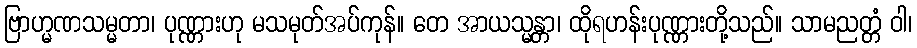
ဗြာဟ္မဏသမ္မတာ၊ ပုဏ္ဏားဟု မသမုတ်အပ်ကုန်။ တေ အာယသ္မန္တာ၊ ထိုရဟန်းပုဏ္ဏားတို့သည်။ သာမညတ္တံ ဝါ၊